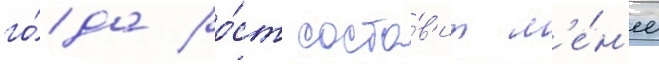
го́да ро́ст соста́в'ит м'е́н'ее